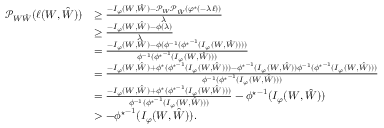
\begin{array} { r l } { \mathcal { P } _ { W \hat { W } } ( \ell ( W , \hat { W } ) ) } & { \geq \frac { - I _ { \varphi } ( W , \hat { W } ) - \mathcal { P } _ { W } \mathcal { P } _ { \hat { W } } \left( \varphi ^ { \star } ( - \lambda \ell ) \right) } { \lambda } } \\ & { \geq \frac { - I _ { \varphi } ( W , \hat { W } ) - \phi ( \lambda ) } { \lambda } } \\ & { = \frac { - I _ { \varphi } ( W , \hat { W } ) - \phi ( \phi ^ { - 1 } ( { \phi ^ { \star } } ^ { - 1 } ( I _ { \varphi } ( W , \hat { W } ) ) ) ) } { \phi ^ { - 1 } ( { \phi ^ { \star } } ^ { - 1 } ( I _ { \varphi } ( W , \hat { W } ) ) ) } } \\ & { = \frac { - I _ { \varphi } ( W , \hat { W } ) + \phi ^ { \star } ( { \phi ^ { \star } } ^ { - 1 } ( I _ { \varphi } ( W , \hat { W } ) ) ) - { \phi ^ { \star } } ^ { - 1 } ( I _ { \varphi } ( W , \hat { W } ) ) \phi ^ { - 1 } ( { \phi ^ { \star } } ^ { - 1 } ( I _ { \varphi } ( W , \hat { W } ) ) ) } { \phi ^ { - 1 } ( { \phi ^ { \star } } ^ { - 1 } ( I _ { \varphi } ( W , \hat { W } ) ) ) } } \\ & { = \frac { - I _ { \varphi } ( W , \hat { W } ) + \phi ^ { \star } ( { \phi ^ { \star } } ^ { - 1 } ( I _ { \varphi } ( W , \hat { W } ) ) ) } { \phi ^ { - 1 } ( { \phi ^ { \star } } ^ { - 1 } ( I _ { \varphi } ( W , \hat { W } ) ) ) } - { \phi ^ { \star } } ^ { - 1 } ( I _ { \varphi } ( W , \hat { W } ) ) } \\ & { > - { \phi ^ { \star } } ^ { - 1 } ( I _ { \varphi } ( W , \hat { W } ) ) . } \end{array}